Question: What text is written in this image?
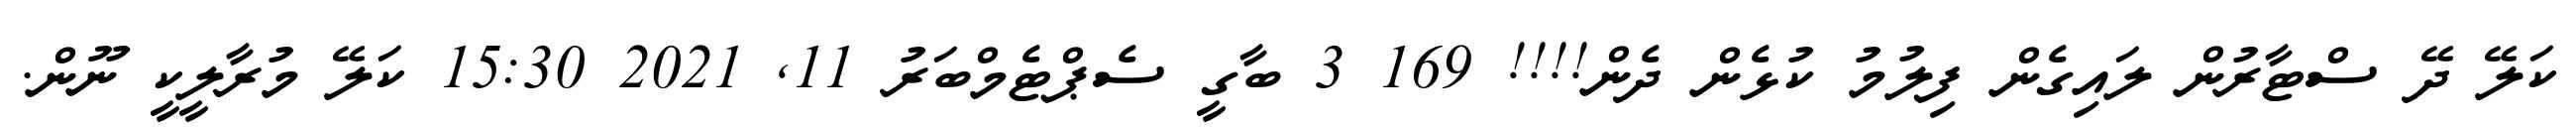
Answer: ކަލޭ ދޭ ސްޓާރުން ލައިގެން ފިލުމު ކުޅެން ދެން!!!! 169 3 ބާގީ ސެޕްޓެމްބަރު 11, 2021 15:30 ކަލޭ މުރާލީކީ ނޫން.